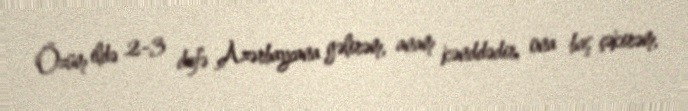
Özüm ildə 2-3 dəfə Azərbaycana gəlirəm, anam kənddədir, ona baş çəkirəm,